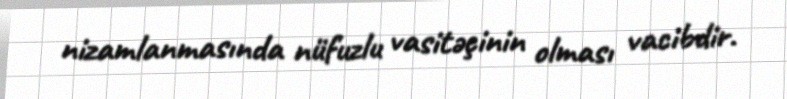
nizamlanmasında nüfuzlu vasitəçinin olması vacibdir.